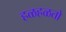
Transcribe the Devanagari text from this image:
हळहळतो